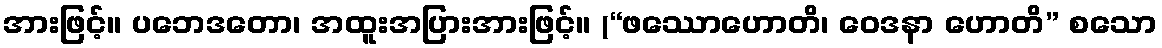
အားဖြင့်။ ပဘေဒတော၊ အထူးအပြားအားဖြင့်။ (“ဖဿောဟောတိ၊ ဝေဒနာ ဟောတိ” စသော